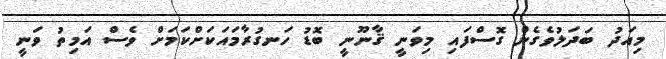
މިއަދު ބަދަލުވެގެން ގޮސްފައި މިވަނީ ޤާނޫނީ ބޮޑު ހަނގުރާމައަކަށްކަމަށް ވެސް އަމިތު ވަނީ